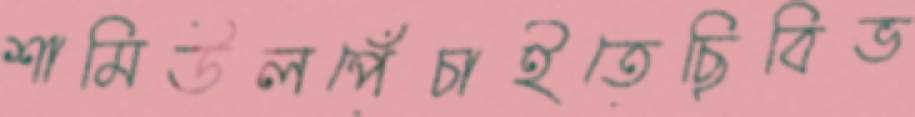
শামিউলপেঁচাইতেছিবিভ